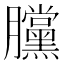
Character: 𣎲